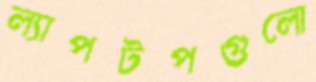
ল্যাপটপগুলো